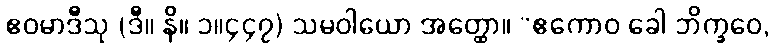
ဧဝမာဒီသု (ဒီ။ နိ။ ၁။၄၄၇) သမဝါယော အတ္ထော။ “ဧကောဝ ခေါ ဘိက္ခဝေ,